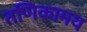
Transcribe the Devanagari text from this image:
तणिकामय